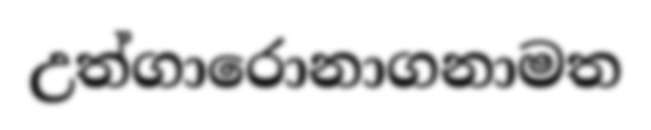
උත්ගාරොනාගනාමත